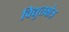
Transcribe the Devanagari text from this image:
विद्युतक्षेत्र